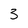
Character: 3